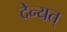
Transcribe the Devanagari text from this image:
देन्यत्